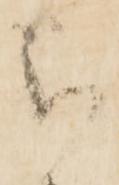
被